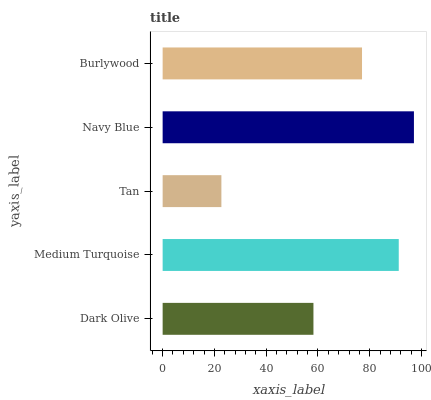
| yaxis_label | bars |
 | --- | --- |
 | Dark Olive | 58.3 |
 | Medium Turquoise | 91.2 |
 | Tan | 22.7 |
 | Navy Blue | 97.1 |
 | Burlywood | 77 |